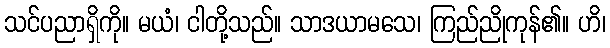
သင်ပညာရှိကို။ မယံ၊ ငါတို့သည်။ သာဒယာမသေ၊ ကြည်ညိုကုန်၏။ ဟိ၊